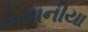
રોમાનીયા